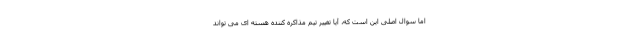
اما سوال اصلی این است که، آیا تغییر تیم مذاکره کننده هسته ای می تواند